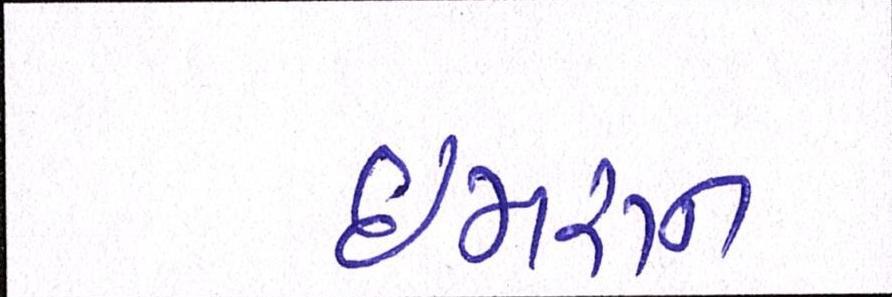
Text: ઈમરાન